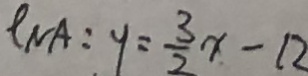
\rho _ { N A } : y = \frac { 3 } { 2 } x - 1 2